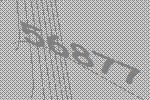
56877